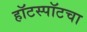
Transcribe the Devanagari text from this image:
हॉटस्पॉटचा